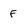
Character: F